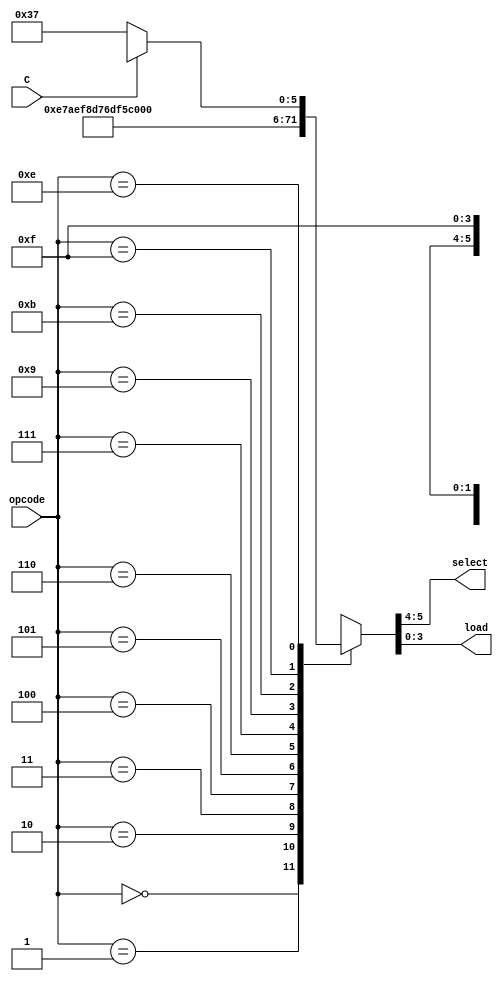
// Instruction decoder

module Decoder(
        input wire [3:0] opcode,
        input wire [0:0] C, // Carry flag
        output wire [1:0] select,
        output wire [3:0] load
    );


    function [5:0] DECODE;
        input [3:0] opcode;
        input [0:0] C; // Carry flag
    begin
        case(opcode)
            4'b0000:   DECODE = 6'b00_1110; // ADD A,Im
            4'b0001:   DECODE = 6'b01_1110; // MOV A,B
            4'b0010:   DECODE = 6'b10_1110; // IN A
            4'b0011:   DECODE = 6'b11_1110; // MOV A,Im
            4'b0100:   DECODE = 6'b00_1101; // MOV B,A
            4'b0101:   DECODE = 6'b01_1101; // ADD B,Im
            4'b0110:   DECODE = 6'b10_1101; // IN B
            4'b0111:   DECODE = 6'b11_1101; // MOV B,Im
            4'b1001:   DECODE = 6'b01_1011; // OUT B
            4'b1011:   DECODE = 6'b11_1011; // OUT Im
            4'b1111:   DECODE = 6'b11_0111; // JMP Im
            4'b1110:   DECODE = C ? 6'bXX_1111 : 6'b11_0111; // JNC Im (jump to Im if C==0)
        endcase
    end
    endfunction

    assign {select, load} = DECODE(opcode, C);

endmodule